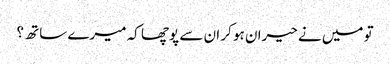
تو میں نے حیران ہو کر ان سے پوچھا کہ میرے ساتھ ؟